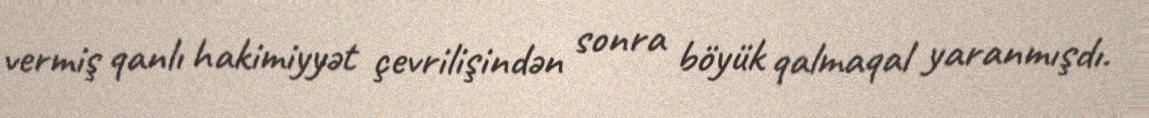
vermiş qanlı hakimiyyət çevrilişindən sonra böyük qalmaqal yaranmışdı.